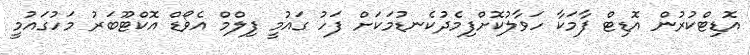
އޮޑިޓްކުރުން އޮޑިޓް ފާމަކާ ހަވާލުކޮށްފިމެދުކެނޑުމަކަށް ފަހު ގައުމީ ފިލްމް އެވޯޑް އޮކްޓޫބަރު މަހުގައުމީ